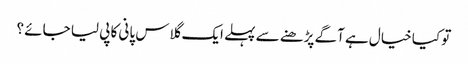
تو کیا خیال ہے آگے پڑھنے سے پہلے ایک گلاس پانی کا پی لیا جائے ؟